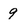
Character: 9